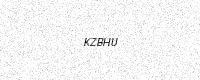
Text: KZBHU